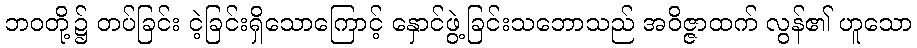
ဘဝတို့၌ တပ်ခြင်း ငဲ့ခြင်းရှိသောကြောင့် နှောင်ဖွဲ့ခြင်းသဘောသည် အဝိဇ္ဇာထက် လွန်၏ ဟူသော